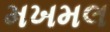
મખમલ